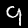
Digit: 9